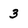
Character: 3